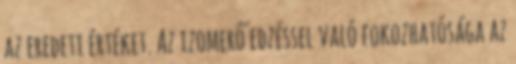
az eredeti értéket. Az izomerő edzéssel való fokozhatósága az